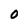
Character: O